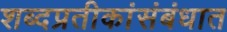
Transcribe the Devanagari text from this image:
शब्दप्रतीकांसंबंधात